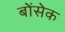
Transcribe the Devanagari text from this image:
बोंसेक